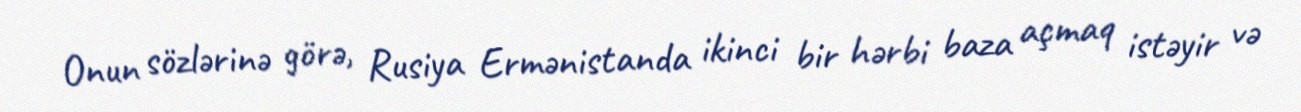
Onun sözlərinə görə, Rusiya Ermənistanda ikinci bir hərbi baza açmaq istəyir və